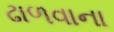
ઢાળવાના